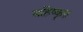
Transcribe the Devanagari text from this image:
बहिष्‍कृत